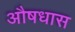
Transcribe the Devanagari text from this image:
औषधास